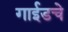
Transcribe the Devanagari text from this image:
गाईडचे